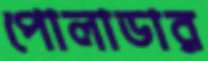
পোলাডার